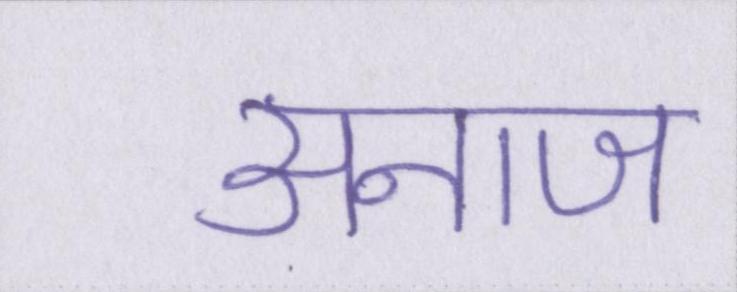
अनाज